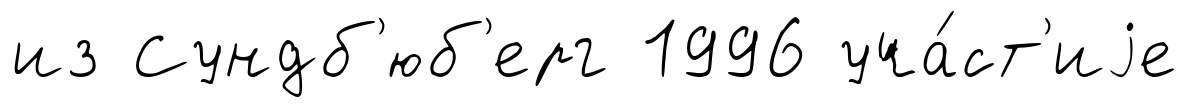
из Сундб'юб'ерг 1996 уча́ст'иjе